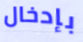
بإدخال